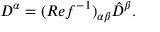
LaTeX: D ^ { \alpha } = ( R e f ^ { - 1 } ) _ { \alpha \beta } \hat { D } ^ { \beta } .